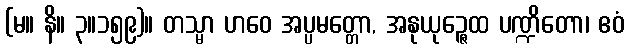
(မ။ နိ။ ၃။၁၅၉)။ တသ္မာ ဟဝေ အပ္ပမတ္တော, အနုယုဉ္ဇေထ ပဏ္ဍိတော၊ ဧဝံ